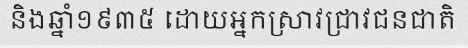
និងឆ្នាំ១៩៣៥ ដោយអ្នកស្រាវជ្រាវជនជាតិ